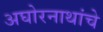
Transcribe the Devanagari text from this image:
अघोरनाथांचे